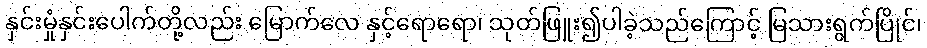
နှင်းမှုံနှင်းပေါက်တို့လည်း မြောက်လေ နှင့်ရောရော၊ သုတ်ဖြူး၍ပါခဲ့သည်ကြောင့် မြသားရွက်ပြိုင်၊